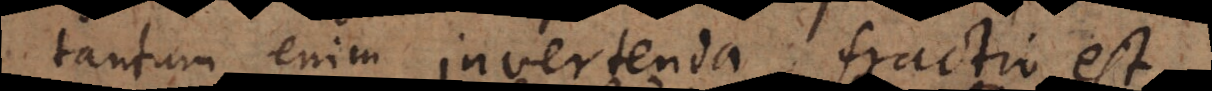
tantum enim invertenda fractio est,